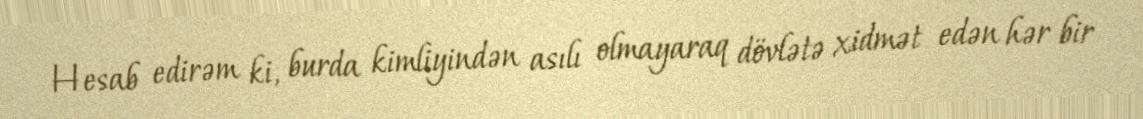
Hesab edirəm ki, burda kimliyindən asılı olmayaraq dövlətə xidmət edən hər bir